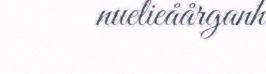
nuelieåårganh